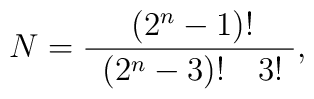
N={\frac{~~~\left( 2^{n}-1\right) !~~~}{~\left( 2^{n}-3\right) !~~~3!~}},